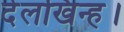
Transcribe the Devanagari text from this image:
देलखिन्ह।